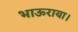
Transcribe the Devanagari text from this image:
भाऊराया।